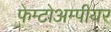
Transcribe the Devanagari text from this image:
फेम्टोअम्पीयर